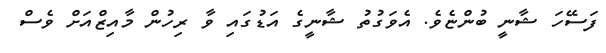
ފަސޭހަ ޝާނީ ބުންޏެވެ. އެވަގުތު ޝާނީގެ އަޑުގައި ވާ ރިހުން މާއިޒްއަށް ވެސް